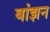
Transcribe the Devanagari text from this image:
बांझन